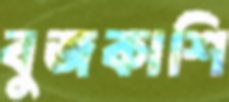
বুজকাশি